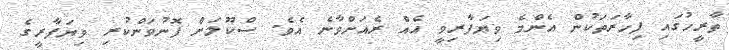
ތާރީހުގައި ފިހާރަތަކުން އެންމެ ވިޔަފާރިވީ އެއް ރެއަށްވާނެ އެވެ. ސްކޫލަށް ފޮނުވަންކުރި ވިޔަފާރީގެ